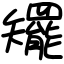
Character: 矲